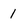
Character: 1